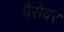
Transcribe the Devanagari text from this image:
पैसेवर